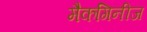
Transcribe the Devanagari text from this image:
मैकगिनीज